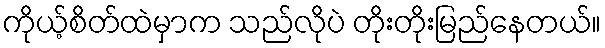
ကိုယ့်စိတ်ထဲမှာက သည်လိုပဲ တိုးတိုးမြည်နေတယ်။